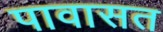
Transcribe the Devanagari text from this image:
पावासत